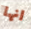
انها